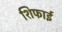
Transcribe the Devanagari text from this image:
शिफाई